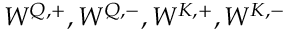
W ^ { Q , + } , W ^ { Q , - } , W ^ { K , + } , W ^ { K , - }